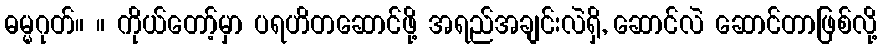
ဓမ္မဂုတ်။ ။ ကိုယ်တော့်မှာ ပရဟိတဆောင်ဖို့ အရည်အချင်းလဲရှိ, ဆောင်လဲ ဆောင်တာဖြစ်လို့